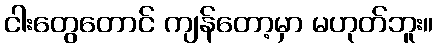
ငါးတွေတောင် ကျန်တော့မှာ မဟုတ်ဘူး။